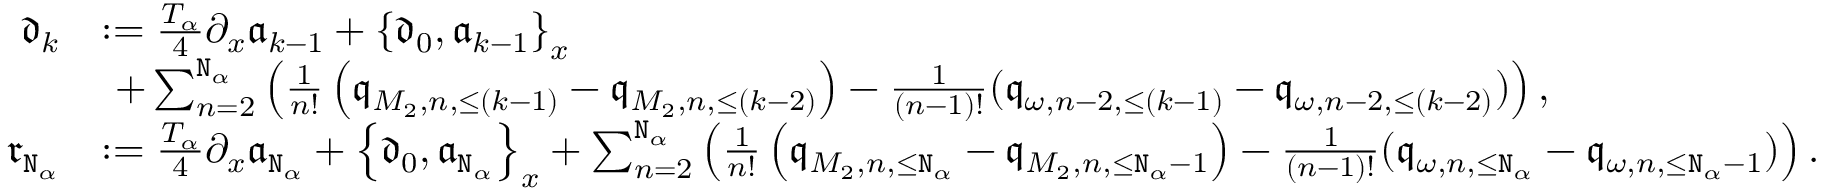
\begin{array} { r l } { \mathfrak { d } _ { k } } & { : = \frac { T _ { \alpha } } 4 \partial _ { x } \mathfrak { a } _ { k - 1 } + \left\{ \mathfrak { d } _ { 0 } , \mathfrak { a } _ { k - 1 } \right\} _ { x } } \\ & { \ + \sum _ { n = 2 } ^ { \mathtt { N } _ { \alpha } } \left( \frac { 1 } { n ! } \left( \mathfrak { q } _ { M _ { 2 } , n , \le ( k - 1 ) } - \mathfrak { q } _ { M _ { 2 } , n , \le ( k - 2 ) } \right) - \frac { 1 } { ( n - 1 ) ! } ( \mathfrak { q } _ { \omega , n - 2 , \le ( k - 1 ) } - \mathfrak { q } _ { \omega , n - 2 , \le ( k - 2 ) } ) \right) , } \\ { \mathfrak { r } _ { \mathtt { N } _ { \alpha } } } & { : = \frac { T _ { \alpha } } 4 \partial _ { x } \mathfrak { a } _ { \mathtt { N } _ { \alpha } } + \left\{ \mathfrak { d } _ { 0 } , \mathfrak { a } _ { \mathtt { N } _ { \alpha } } \right\} _ { x } + \sum _ { n = 2 } ^ { \mathtt { N } _ { \alpha } } \left( \frac { 1 } { n ! } \left( \mathfrak { q } _ { M _ { 2 } , n , \le \mathtt { N } _ { \alpha } } - \mathfrak { q } _ { M _ { 2 } , n , \le \mathtt { N } _ { \alpha } - 1 } \right) - \frac { 1 } { ( n - 1 ) ! } ( \mathfrak { q } _ { \omega , n , \le \mathtt { N } _ { \alpha } } - \mathfrak { q } _ { \omega , n , \le \mathtt { N } _ { \alpha } - 1 } ) \right) . } \end{array}